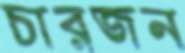
চারজন